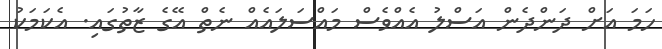
ހަމަ އަށް ދަންދެން އަސްލު އެއްވެސް މައްސަލައެއް ނެތް އޭގެ ޒާތުގައި. އެކަމަކު